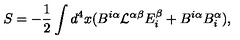
S = - { \frac { 1 } { 2 } } \int d ^ { 4 } x ( B ^ { i \alpha } { \cal L } ^ { \alpha \beta } E _ { i } ^ { \beta } + B ^ { i \alpha } B _ { i } ^ { \alpha } ) ,